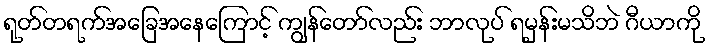
ရုတ်တရက်အခြေအနေကြောင့် ကျွန်တော်လည်း ဘာလုပ် ရမှန်းမသိဘဲ ဂီယာကို